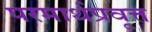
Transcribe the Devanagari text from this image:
परमार्थप्रवृत्त